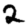
Digit: 2